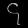
Digit: ၄